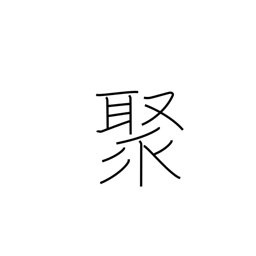
Meaning: assemble